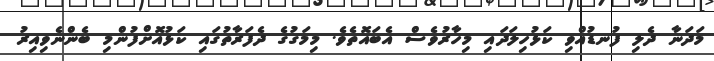
މަދަނާ ދެލި ފުނޑުއްވި ކަޅުހިލަދައި މިހާރުވެސް އެބައޮތެވެ. މިމަގުގެ ދެފަރާތުގައި ކަޅުއޮށްފުންމި ބެންނެވިއިރު